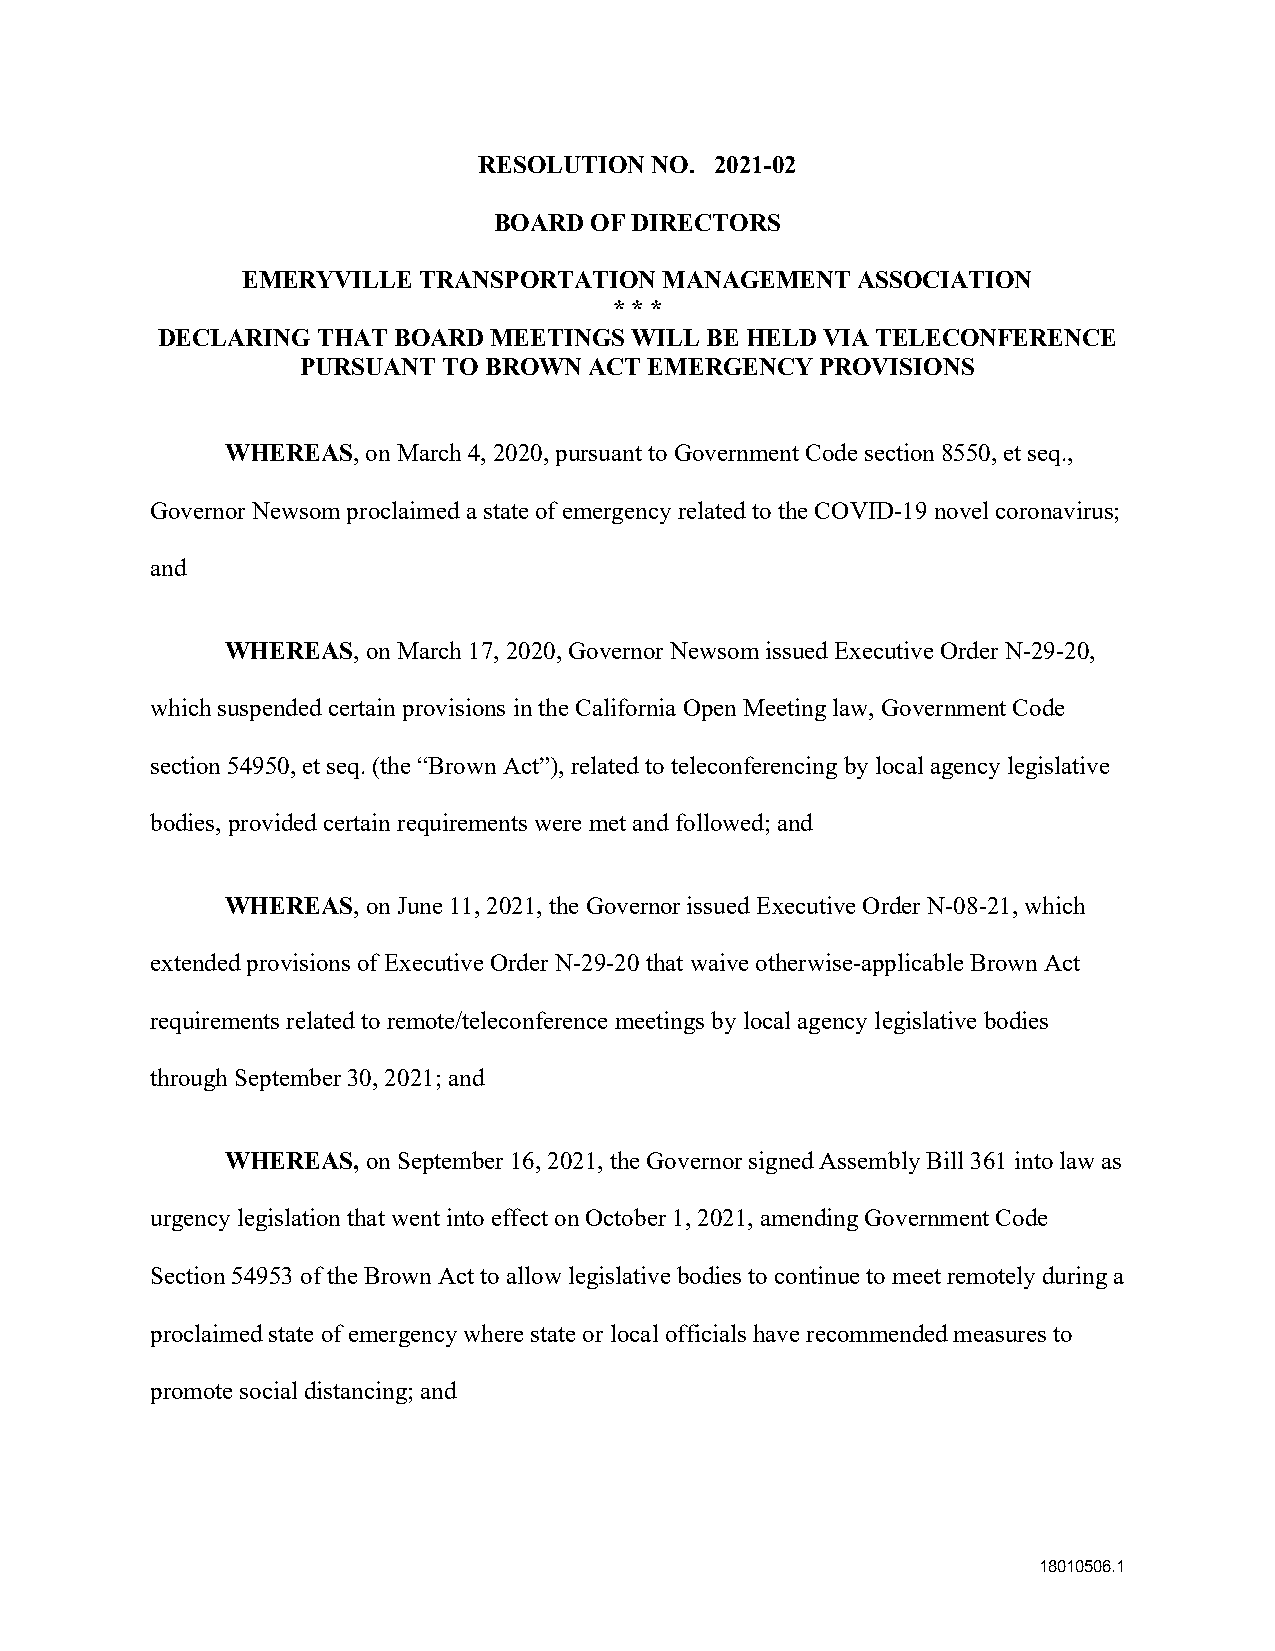
RESOLUTION NO. 2021-02
 BOARD OF DIRECTORS
 EMERYVILLE  TRANSPORTATION  MANAGEMENT   ASSOCIATION
 * * *
 DECLARING  THAT BOARD MEETINGS  WILL BE HELD VIA TELECONFERENCE
 PURSUANT TO BROWN  ACT EMERGENCY  PROVISIONS
 WHEREAS, on March 4, 2020, pursuant to Government Code section 8550, et seq.,
 Governor Newsom proclaimed a state of emergency related to the COVID-19 novel coronavirus;
 and
 WHEREAS, on March 17, 2020, Governor Newsom issued Executive Order N-29-20,
 which suspended certain provisions in the California Open Meeting law, Government Code
 section 54950, et seq. (the “Brown Act”), related to teleconferencing by local agency legislative
 bodies, provided certain requirements were met and followed; and
 WHEREAS, on June 11, 2021, the Governor issued Executive Order N-08-21, which
 extended provisions of Executive Order N-29-20 that waive otherwise-applicable Brown Act
 requirements related to remote/teleconference meetings by local agency legislative bodies
 through September 30, 2021; and
 WHEREAS, on September 16, 2021, the Governor signed Assembly Bill 361 into law as
 urgency legislation that went into effect on October 1, 2021, amending Government Code
 Section 54953 of the Brown Act to allow legislative bodies to continue to meet remotely during a
 proclaimed state of emergency where state or local officials have recommended measures to
 promote social distancing; and
 18010506.1